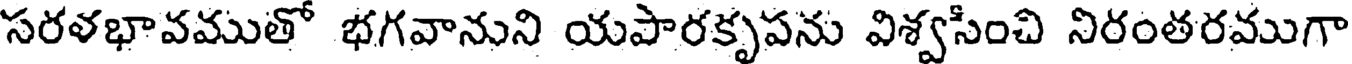
సరళభావముతో భగవానుని యపారకృపను విశ్వసించి నిరంతరముగా